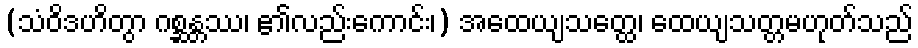
(သံဝိဒဟိတွာ ဂစ္ဆန္တဿ၊ ၏လည်းကောင်း၊) အထေယျသတ္ထေ၊ ထေယျသတ္တမဟုတ်သည်